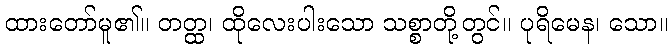
ထားတော်မူ၏။ တတ္ထ၊ ထိုလေးပါးသော သစ္စာတို့တွင်။ ပုရိမေန၊ သော။